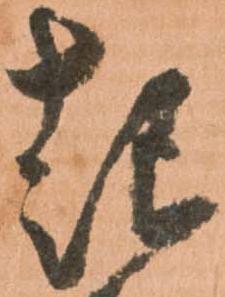
起